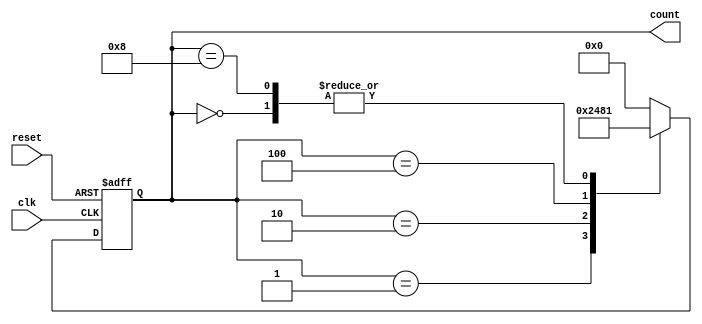
module decade_ring_counter (
    input wire clk,           // Clock input
    input wire reset,         // Asynchronous reset
    output reg [3:0] count    // 4-bit output representing the current state
);

// Define the states
parameter S0 = 4'b0000; // State 0
parameter S1 = 4'b0001; // State 1
parameter S2 = 4'b0010; // State 2
parameter S3 = 4'b0100; // State 4
parameter S4 = 4'b1000; // State 8

// State transition logic
always @(posedge clk or posedge reset) begin
    if (reset) begin
        count <= S0; // Reset to state 0
    end else begin
        case (count)
            S0: count <= S1; // Transition from state 0 to state 1
            S1: count <= S2; // Transition from state 1 to state 2
            S2: count <= S3; // Transition from state 2 to state 4
            S3: count <= S4; // Transition from state 4 to state 8
            S4: count <= S1; // Transition from state 8 back to state 1
            default: count <= S0; // Default case (should not occur)
        endcase
    end
end

endmodule